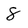
Character: 8